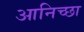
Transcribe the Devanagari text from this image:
आनिच्छा